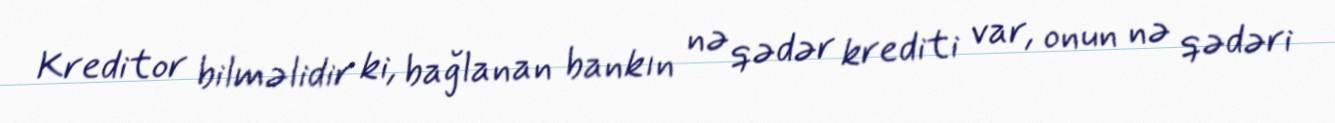
Kreditor bilməlidir ki, bağlanan bankın nə qədər krediti var, onun nə qədəri